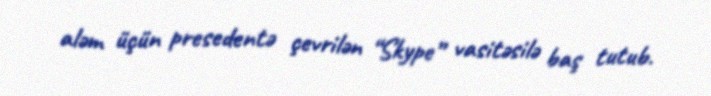
aləm üçün presedentə çevrilən “Skype” vasitəsilə baş tutub.